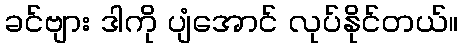
ခင်ဗျား ဒါကို ပျံအောင် လုပ်နိုင်တယ်။